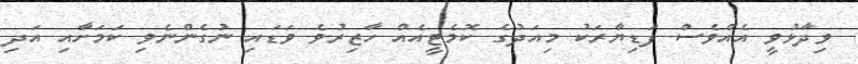
ވިދާޅުވީ އެއްވެސް ފަޑިޔާރަކު މިއަދުގެ ކޮމެޓީއެއް ހާޒިރުވެ ވަޑައި ނުގެންނެވި ކަމަށާއި އަދި